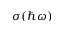
\sigma ( \hbar \omega )